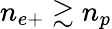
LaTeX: n_{e+}\gtrsim n_{p}